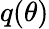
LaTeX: q(\theta)